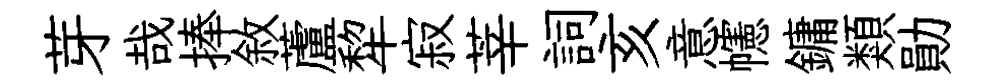
芽哉捧敘蘆犂寂莘詞亥意幰鏞類勛